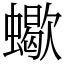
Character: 蠍